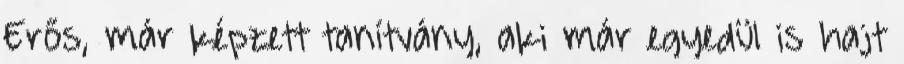
Erős, már képzett tanítvány, aki már egyedül is hajt